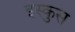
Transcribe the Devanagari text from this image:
इस्कुस